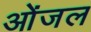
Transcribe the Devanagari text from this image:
ओंजल